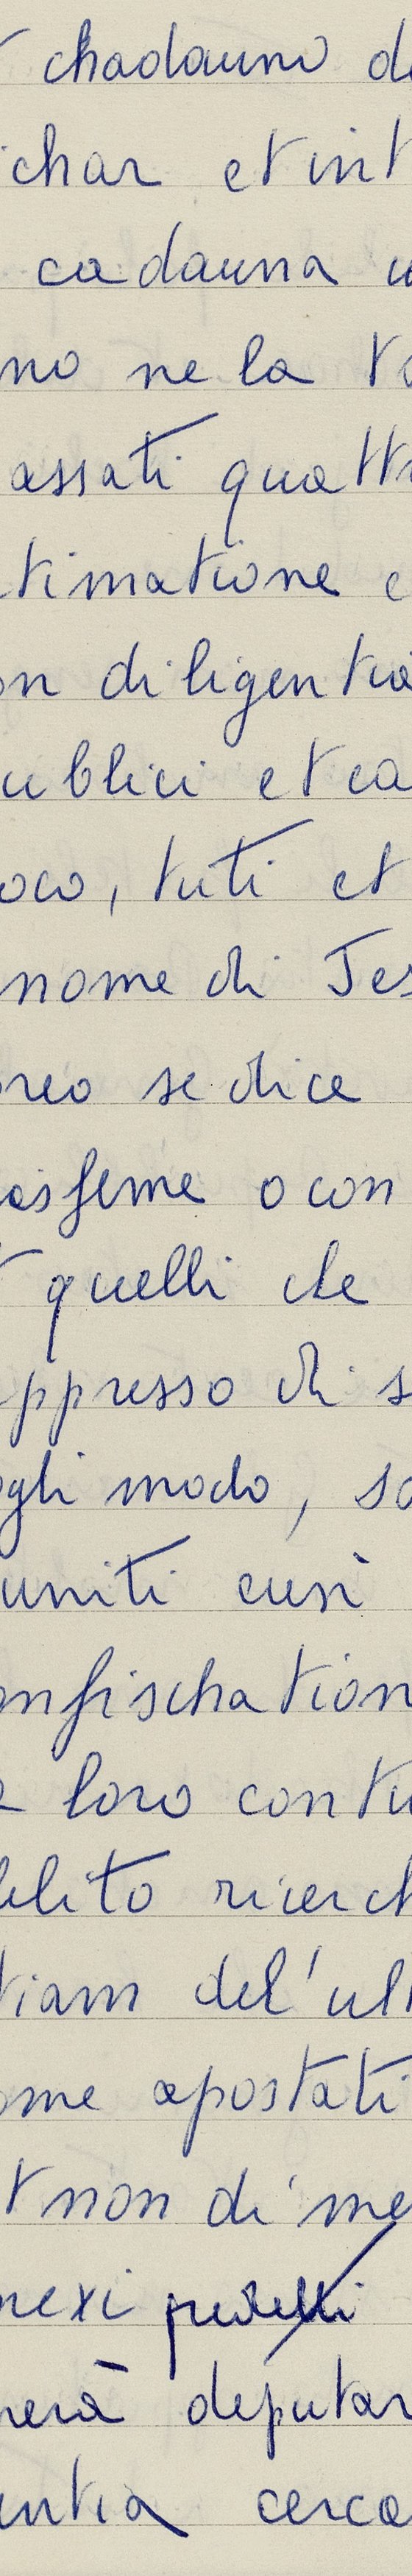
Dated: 1553–1555